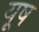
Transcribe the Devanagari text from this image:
यूष